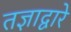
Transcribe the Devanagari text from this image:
तज्ञाद्वारे